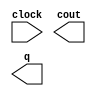
module lpm_counter10234561 (
	clock,
	cout,
	q);

	input	  clock;
	output	  cout;
	output	[0:0]  q;

endmodule